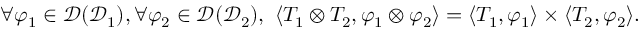
\begin{array} { r } { \forall \varphi _ { 1 } \in \mathscr { D } ( \mathcal { D } _ { 1 } ) , \forall \varphi _ { 2 } \in \mathscr { D } ( \mathcal { D } _ { 2 } ) , \ \langle T _ { 1 } \otimes T _ { 2 } , \varphi _ { 1 } \otimes \varphi _ { 2 } \rangle = \langle T _ { 1 } , \varphi _ { 1 } \rangle \times \langle T _ { 2 } , \varphi _ { 2 } \rangle . } \end{array}